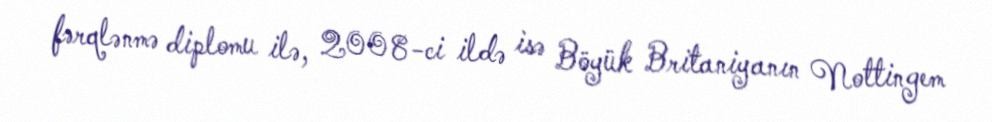
fərqlənmə diplomu ilə, 2008-ci ildə isə Böyük Britaniyanın Nottingem